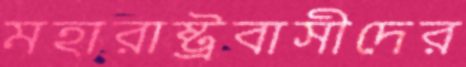
মহারাষ্ট্রবাসীদের